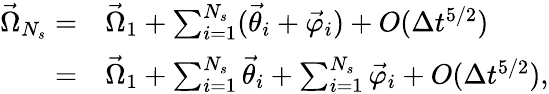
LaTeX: \begin{array}{rl}{\vec{\Omega}_{N_{s}}=}&{\vec{\Omega}_{1}+\sum_{i=1}^{N_{s}}(\vec{\theta}_{i}+\vec{\varphi}_{i})+O(\Delta t^{5/2})}\\ {=}&{\vec{\Omega}_{1}+\sum_{i=1}^{N_{s}}\vec{\theta}_{i}+\sum_{i=1}^{N_{s}}\vec{\varphi}_{i}+O(\Delta t^{5/2}),}\end{array}